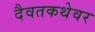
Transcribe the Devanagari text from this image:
दैवतकथेवर